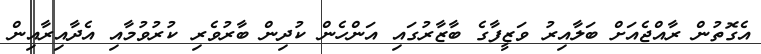
އެގޮތުން ރާއްޖެއަށް ބަލާއިރު ވަޒީފާގެ ބާޒާރުގައި އަންހެން ކުދިން ބާރުވެރި ކުރުވުމާއި އެދާއިރާއިން